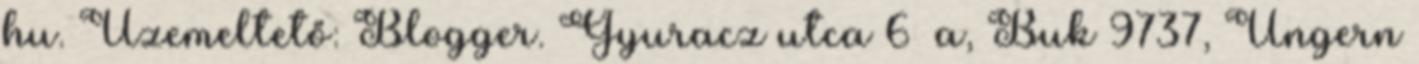
hu. Üzemeltető: Blogger. Gyuracz utca 6 a, Buk 9737, Ungern